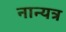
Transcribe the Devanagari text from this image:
नान्यत्र